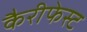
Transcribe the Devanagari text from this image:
कैरीफेस्ट